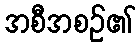
အစီအစဉ်၏